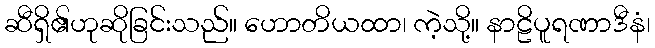
ဆီရှိ၏ဟုဆိုခြင်းသည်။ ဟောတိယထာ၊ ကဲ့သို့။ နာဠိပူရဏာဒီနံ၊